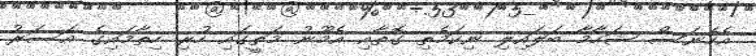
އެހެނަސް ޝަހާމާ ބަލައިލި ނިކަމެތި ގޮތާއި އެމޫނު މަތީގައި ހުރި ހިތާމައިގެ އަސަރު